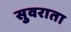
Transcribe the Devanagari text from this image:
सुवराता